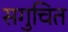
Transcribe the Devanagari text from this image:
सगुचित